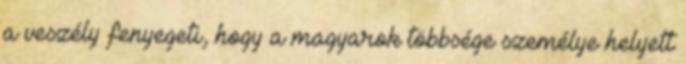
a veszély fenyegeti, hogy a magyarok többsége személye helyett